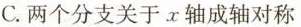
C.两个分支关于x轴成轴对称